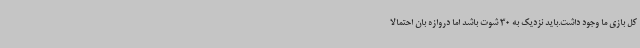
کل بازی ما وجود داشت.باید نزدیک به 30 شوت باشد اما دروازه بان احتمالاً